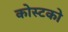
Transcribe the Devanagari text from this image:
कोस्‍टको